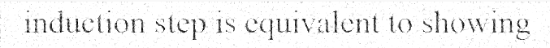
induction step is equivalent to showing